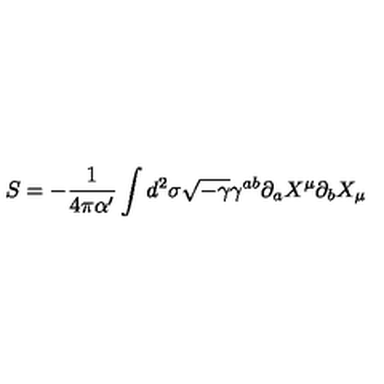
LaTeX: S = - \frac { 1 } { 4 \pi \alpha ^ { \prime } } \int d ^ { 2 } \sigma \sqrt { - \gamma } \gamma ^ { a b } \partial _ { a } X ^ { \mu } \partial _ { b } X _ { \mu }